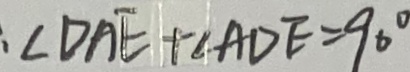
: \angle D A E + \angle A D E = 9 0 ^ { \circ }